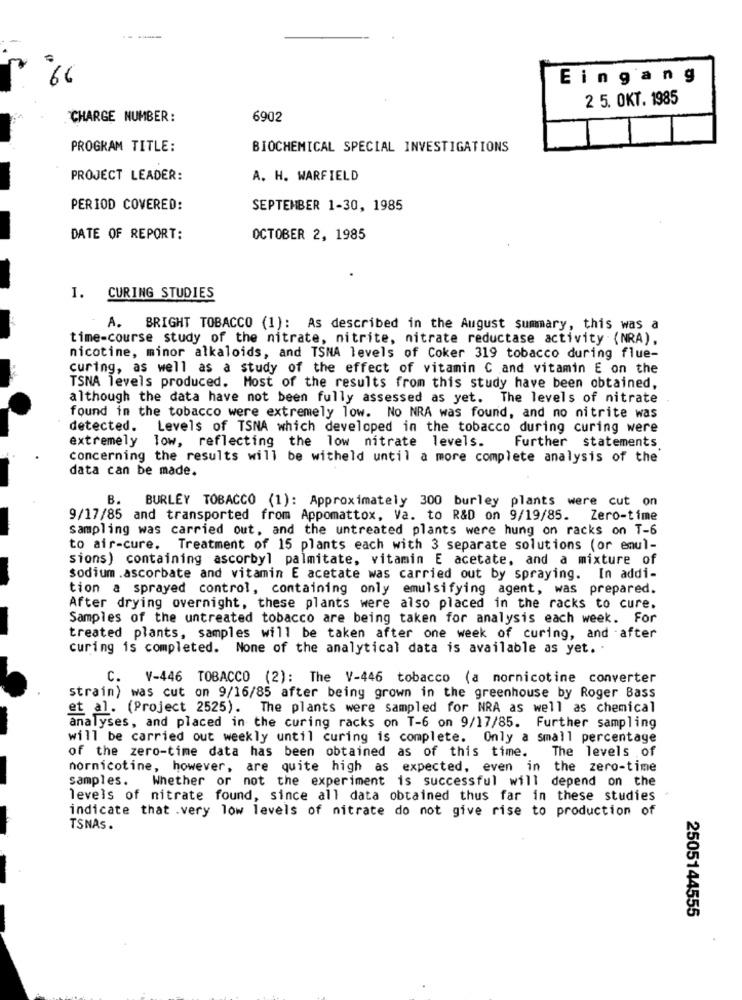
Eingang
2 5. OKT. 1985
CHARGE NUMBER:
6902
PROGRAM TITLE:
BIOCHEMICAL SPECIAL INVESTIGATIONS
PROJECT LEADER:
A. H. WARFIELD
PERIOD COVERED:
SEPTEMBER 1-30, 1985
DATE OF REPORT:
OCTOBER 2, 1985
I. CURING STUDIES
A. BRIGHT TOBACCO (1): As described in the August summary, this was a
time-course study of the nitrate, nitrite, nitrate reductase activity (NRA),
nicotine, minor alkaloids, and TSNA levels of Coker 319 tobacco during flue-
curing, as well as a study of the effect of vitamin C and vitamin E on the
TSNA levels produced. Most of the results from this study have been obtained,
although the data have not been fully assessed as yet. The levels of nitrate
found in the tobacco were extremely low. No NRA was found, and no nitrite was
detected. Levels of TSNA which developed in the tobacco during curing were
extremely low, reflecting the low nitrate levels.
Further statements
concerning the results will be witheld until a more complete analysis of the
data can be made.
BURLEY TOBACCO (1): Approximately 300 burley plants were cut on
9/17/85 and transported from Appomattox, Va. to R&D on 9/19/85. Zero-time
sampling was carried out, and the untreated plants were hung on racks on T-6
to air-cure. Treatment of 15 plants each with 3 separate solutions (or emul-
sions) containing ascorbyl palmitate, vitamin E acetate, and a mixture of
sodium .ascorbate and vitamin E acetate was carried out by spraying. In addi-
tion a sprayed control, containing only emulsifying agent, was prepared.
After drying overnight, these plants were also placed in the racks to cure.
Samples of the untreated tobacco are being taken for analysis each week. For
treated plants, samples will be taken after one week of curing, and after
curing is completed. None of the analytical data is available as yet ..
C. V-446 TOBACCO (2): The V-446 tobacco (a mornicotine converter
strain) was cut on 9/16/85 after being grown in the greenhouse by Roger Bass
et al. (Project 2525). The plants were sampled for NRA as well as chemical
analyses, and placed in the curing racks on T-6 on 9/17/85. Further sampling
will be carried out weekly until curing is complete. Only a Small percentage
The levels of
of the zero-time data has been obtained as of this time.
nornicotine, however, are quite high as expected, even in the zero-time
samples. Whether or not the experiment is successful will depend on the
levels of nitrate found, since all data obtained thus far in these studies
indicate that .very low levels of nitrate do not give rise to production of
TSNAs .
2505144555